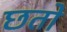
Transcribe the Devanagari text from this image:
छतो